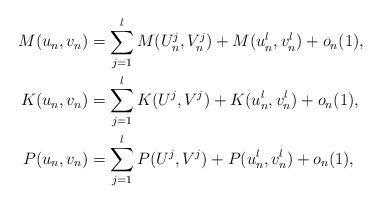
LaTeX: \begin{align*}M(u_n,v_n) &= \sum_{j=1}^l M(U^j_n, V^j_n) + M(u^l_n,v^l_n) + o_n(1), \\K(u_n,v_n) &= \sum_{j=1}^l K(U^j,V^j) + K(u^l_n, v^l_n) + o_n(1), \\P(u_n,v_n) &= \sum_{j=1}^l P(U^j,V^j) + P(u^l_n, v^l_n) + o_n(1), \end{align*}